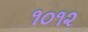
૧૦૧૨